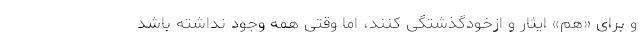
و برای «هم» ایثار و ازخودگذشتگی کنند، اما وقتی همه وجود نداشته باشد